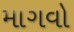
માગવો